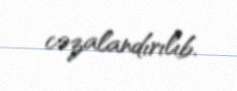
cəzalandırılıb.